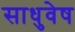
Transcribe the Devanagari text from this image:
साधुवेष